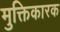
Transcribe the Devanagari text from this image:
मुक्तिकारक